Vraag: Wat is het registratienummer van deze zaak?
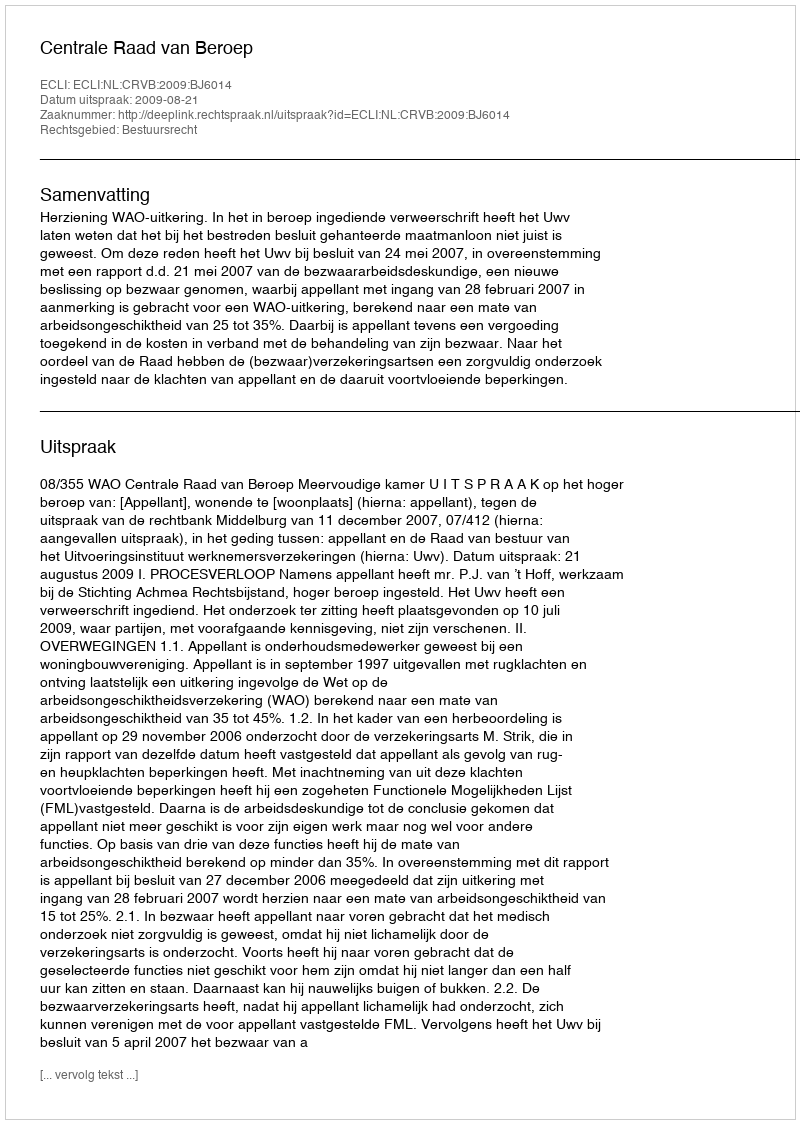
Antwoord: http://deeplink.rechtspraak.nl/uitspraak?id=ECLI:NL:CRVB:2009:BJ6014